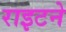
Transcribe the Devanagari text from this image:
राइटने